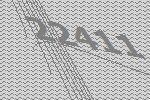
22411